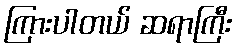
ကြားပါတယ် ဆရာကြီး